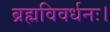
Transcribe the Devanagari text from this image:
ब्रह्मविवर्धनः।